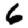
Digit: 6